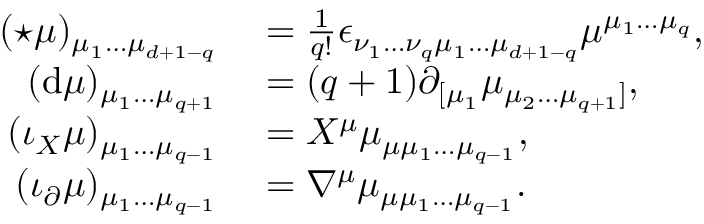
\begin{array} { r l } { ( { \star \mu } ) _ { \mu _ { 1 } \ldots \mu _ { d + 1 - q } } } & { { } = \frac { 1 } { q ! } \epsilon _ { \nu _ { 1 } \ldots \nu _ { q } \mu _ { 1 } \ldots \mu _ { d + 1 - q } } \mu ^ { \mu _ { 1 } \ldots \mu _ { q } } , } \\ { ( \mathrm { d } \mu ) _ { \mu _ { 1 } \ldots \mu _ { q + 1 } } } & { { } = ( q + 1 ) \partial _ { [ \mu _ { 1 } } \mu _ { \mu _ { 2 } \ldots \mu _ { q + 1 } ] } , } \\ { ( \iota _ { X } \mu ) _ { \mu _ { 1 } \ldots \mu _ { q - 1 } } } & { { } = X ^ { \mu } \mu _ { \mu \mu _ { 1 } \ldots \mu _ { q - 1 } } , } \\ { ( \iota _ { \partial } \mu ) _ { \mu _ { 1 } \ldots \mu _ { q - 1 } } } & { { } = \nabla ^ { \mu } \mu _ { \mu \mu _ { 1 } \ldots \mu _ { q - 1 } } . } \end{array}